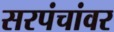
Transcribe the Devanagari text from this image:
सरपंचांवर